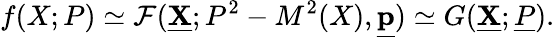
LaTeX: f(X;P)\simeq{\cal F}(\underline{{{\mathbf X}}};P^{2}-M^{2}(X),\underline{{{\mathbf p}}})\simeq G(\underline{{{\mathbf X}}};\underline{{{P}}}).